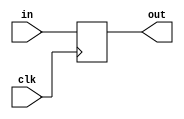
/*******************************************************************************
Copyright (c) 2012, Stanford University
All rights reserved.

Redistribution and use in source and binary forms, with or without
modification, are permitted provided that the following conditions are met:
1. Redistributions of source code must retain the above copyright
   notice, this list of conditions and the following disclaimer.
2. Redistributions in binary form must reproduce the above copyright
   notice, this list of conditions and the following disclaimer in the
   documentation and/or other materials provided with the distribution.
3. All advertising materials mentioning features or use of this software
   must display the following acknowledgement:
   This product includes software developed at Stanford University.
4. Neither the name of Stanford Univerity nor the
   names of its contributors may be used to endorse or promote products
   derived from this software without specific prior written permission.

THIS SOFTWARE IS PROVIDED BY STANFORD UNIVERSITY ''AS IS'' AND ANY
EXPRESS OR IMPLIED WARRANTIES, INCLUDING, BUT NOT LIMITED TO, THE IMPLIED
WARRANTIES OF MERCHANTABILITY AND FITNESS FOR A PARTICULAR PURPOSE ARE
DISCLAIMED. IN NO EVENT SHALL STANFORD UNIVERSITY BE LIABLE FOR ANY
DIRECT, INDIRECT, INCIDENTAL, SPECIAL, EXEMPLARY, OR CONSEQUENTIAL DAMAGES
(INCLUDING, BUT NOT LIMITED TO, PROCUREMENT OF SUBSTITUTE GOODS OR SERVICES;
LOSS OF USE, DATA, OR PROFITS; OR BUSINESS INTERRUPTION) HOWEVER CAUSED AND
ON ANY THEORY OF LIABILITY, WHETHER IN CONTRACT, STRICT LIABILITY, OR TORT
(INCLUDING NEGLIGENCE OR OTHERWISE) ARISING IN ANY WAY OUT OF THE USE OF THIS
SOFTWARE, EVEN IF ADVISED OF THE POSSIBILITY OF SUCH DAMAGE.
*******************************************************************************/

//----------------------------------------------------------------------
// D-type Flip Flop
// Figure 14.16
//----------------------------------------------------------------------
module vDFF(clk, in, out) ;
  parameter n = 1;  // width
  input clk ;
  input  [n-1:0] in ;
  output [n-1:0] out ;
  reg    [n-1:0] out ;

  always @(posedge clk)
    out = in ;
endmodule 
//----------------------------------------------------------------------
// Flop with enable
//----------------------------------------------------------------------
module vDFFE(clk, en, in, out) ;
  parameter n = 1;  // width
  input clk, en ;
  input  [n-1:0] in ;
  output [n-1:0] out ;
  reg    [n-1:0] out ;

  always @(posedge clk)
    out = en ? in : out ;
endmodule 
//----------------------------------------------------------------------
  
  
//ROM module
module ROM (clk, addr, data) ;
   parameter data_width = 32;
   parameter addr_width = 4;
   parameter file_name = "dataFile";
   
   input clk; 
   input [addr_width-1:0] addr;
   output reg [data_width-1:0] data;

   reg [data_width-1:0] rom [2**addr_width-1:0] ;

   initial begin
      $readmemb(file_name, rom);
   end
  
   always @(posedge clk) begin
      data = rom[addr];
   end
endmodule // rom_reg

//RAM module
module RAM(ra, wa, write, din, dout) ;
   parameter b = 32;
   parameter w = 4;

   input [w-1:0] ra, wa;
   input         write;
   input [b-1:0] din;
   output [b-1:0] dout;

   reg [b-1:0]      ram [2**w-1:0];

   assign dout = ram[ra];

   always@(*) begin
      if(write == 1)
        ram[wa] = din;
   end
endmodule